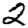
Digit: 2